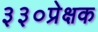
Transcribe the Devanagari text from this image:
३३०प्रेक्षक